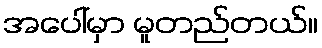
အပေါ်မှာ မူတည်တယ်။